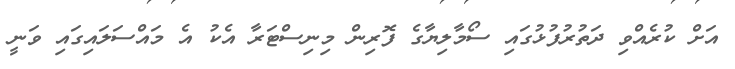
އަށް ކުރެއްވި ދަތުރުފުޅުގައި ސޯމާލިޔާގެ ފޮރިން މިނިސްޓަރާ އެކު އެ މައްސަލައިގައި ވަނީ